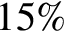
1 5 \%